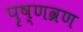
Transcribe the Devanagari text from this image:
पृष्णव्रण